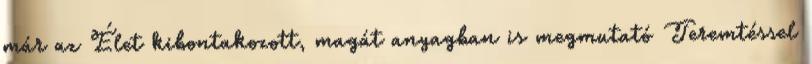
már az Élet kibontakozott, magát anyagban is megmutató Teremtéssel